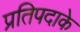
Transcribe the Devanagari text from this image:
प्रतिपदाके